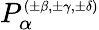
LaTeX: P_{\alpha}^{\scriptscriptstyle{(\pm\beta,\pm\gamma,\pm\delta)}}